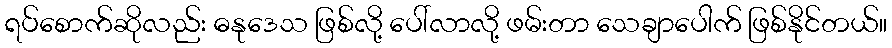
ရပ်စောက်ဆိုလည်း ဓနုဒေသ ဖြစ်လို့ ပေါ်လာလို့ ဖမ်းတာ သေချာပေါက် ဖြစ်နိုင်တယ်။